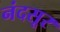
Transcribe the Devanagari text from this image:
नंदसूर